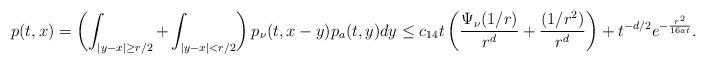
LaTeX: \begin{align*}p(t,x) = \left(\int_{|y-x|\geq r/2} + \int_{|y-x| < r/2} \right) p_{\nu}(t,x-y) p_a(t,y) dy\leq c_{14} t \left(\frac{\Psi_{\nu}(1/r)}{r^{d}} + \frac{(1/r^2)}{r^{d}}\right) + t^{-d/2} e^{-\frac{r^2}{16at}}.\end{align*}